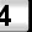
Digit: 4